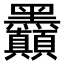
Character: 𪓇